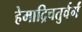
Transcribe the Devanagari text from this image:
हेमाद्रिचतुर्वर्गं